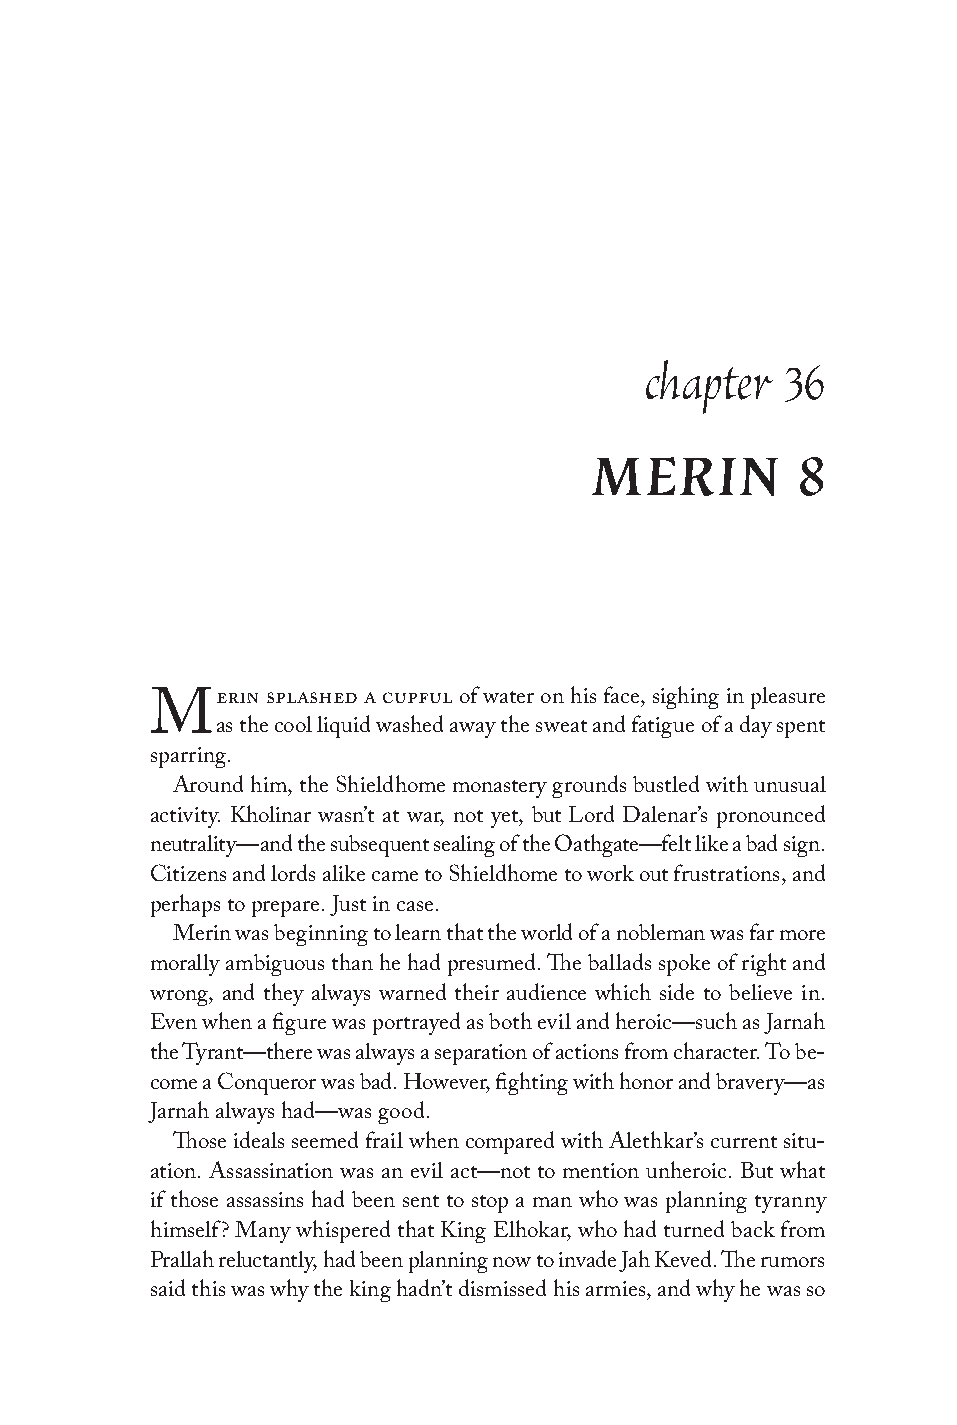
chapter  36
 MERIN         8
 erin splashed a cupful of water on his face, sighing in pleasure
 M
 as the cool liquid washed away the sweat and fatigue of a day spent
 sparring.
 Around him, the Shieldhome monastery grounds bustled with unusual
 activity. Kholinar wasn’t at war, not yet, but Lord Dalenar’s pronounced
 neutrality—and the subsequent sealing of the Oathgate—felt like a bad sign.
 Citizens and lords alike came to Shieldhome to work out frustrations, and
 perhaps to prepare. Just in case.
 Merin was beginning to learn that the world of a nobleman was far more
 morally ambiguous than he had presumed. The ballads spoke of right and
 wrong, and they always warned their audience which side to believe in.
 Even when a figure was portrayed as both evil and heroic—such as Jarnah
 the Tyrant—there was always a separation of actions from character. To be-
 come a Conqueror was bad. However, fighting with honor and bravery—as
 Jarnah always had—was good.
 Those ideals seemed frail when compared with Alethkar’s current situ-
 ation. Assassination was an evil act—not to mention unheroic. But what
 if those assassins had been sent to stop a man who was planning tyranny
 himself? Many whispered that King Elhokar, who had turned back from
 Prallah reluctantly, had been planning now to invade Jah Keved. The rumors
 said this was why the king hadn’t dismissed his armies, and why he was so